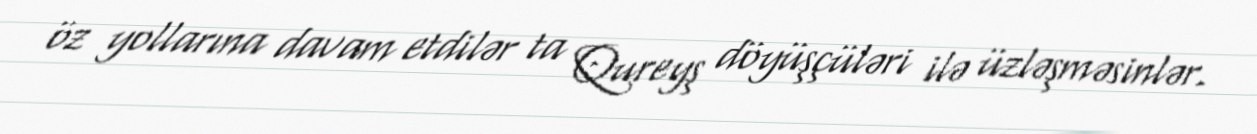
öz yollarına davam etdilər ta Qureyş döyüşçüləri ilə üzləşməsinlər.